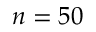
n = 5 0